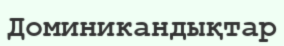
Доминикандықтар